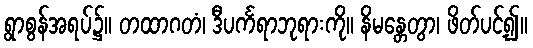
ရွာစွန်အရပ်၌။ တထာဂတံ၊ ဒီပင်္ကရာဘုရားကို။ နိမန္တေတွာ၊ ဖိတ်ပင့်၍။